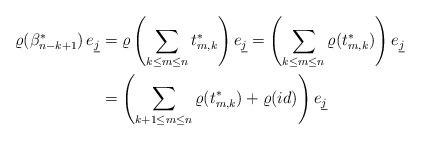
LaTeX: \begin{align*}\varrho({\beta^*_{n-k+1}})\,e_{\underline{j}} &= \varrho \left( \sum_{k\le m\le n} t_{m,k}^* \right) e_{\underline{j}} = \left(\sum_{k\le m\le n} \varrho(t_{m,k}^*)\right) e_{\underline{j}}\\&= \left(\sum_{k+1\le m\le n} \varrho(t_{m,k}^*) + \varrho(id) \right) e_{\underline{j}}\end{align*}